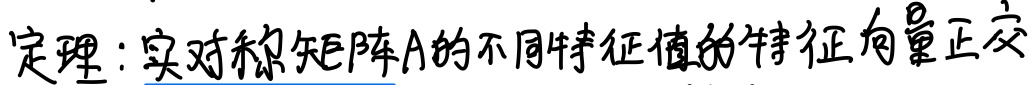
定理：实对称矩阵\(A\)的不同特征值的特征向量正交